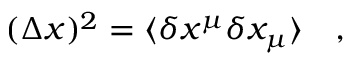
( \Delta x ) ^ { 2 } = \langle \delta x ^ { \mu } \delta x _ { \mu } \rangle ~ ~ ~ ,